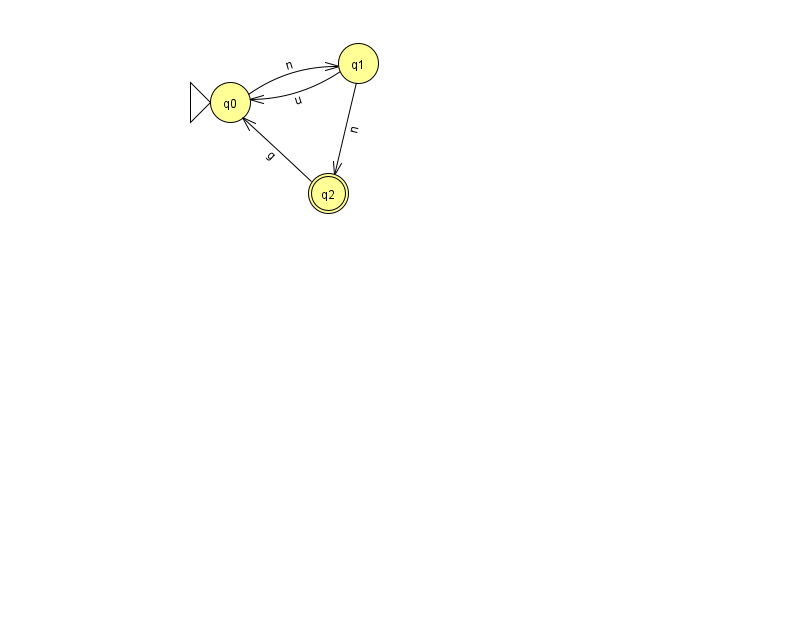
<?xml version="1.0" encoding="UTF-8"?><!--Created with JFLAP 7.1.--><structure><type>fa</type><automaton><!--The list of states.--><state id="0" name="q0"><x>230.0</x><y>89.0</y><initial/></state><state id="1" name="q1"><x>358.0</x><y>50.0</y></state><state id="2" name="q2"><x>328.0</x><y>180.0</y><final/></state><!--The list of transitions.--><transition><from>0</from><to>1</to><read>n</read></transition><transition><from>2</from><to>0</to><read>g</read></transition><transition><from>1</from><to>0</to><read>u</read></transition><transition><from>1</from><to>2</to><read>n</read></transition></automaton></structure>